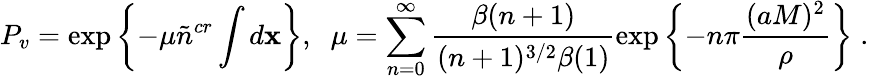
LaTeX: P_{v}=\exp\left\{ -\mu\tilde{n}^{cr}\int d{\mathbf x}\right\} ,\; \; \mu=\sum_{n=0}^{\infty}\frac{\beta(n+1)}{(n+1)^{3/2}\beta(1)}\exp\left\{ -n\pi\frac{(aM)^{2}}\rho\right\} \; .